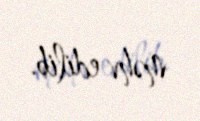
məhv edilib.